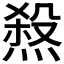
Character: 𤍁